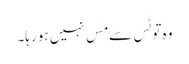
وہ تو ٹَس سے مَس نہیں ہو رہا۔